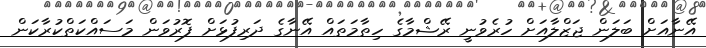
އޭނާއަށް ބަލަން ޖަޒްލާއަށް ހުރެވުނީ ރޭޝްމާގެ ހިތާމަތައް އޭނާގެ ދަރިފުޅަށް ފޮރުވަން މަސައްކަތްކުރާކަން